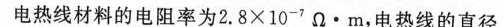
电热线材料的电阻率为2.8×10^{-7}Ω·m，电热线的直径